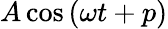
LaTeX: A\cos\, (\omega t+p)